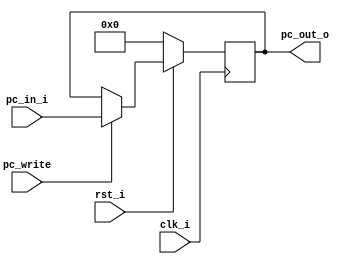
//0312236  0312241 
//Subject:     CO project 4 - Pipe CPU 1
//--------------------------------------------------------------------------------
//Version:     1
//--------------------------------------------------------------------------------
//Writer:    
//----------------------------------------------
//Date:       
//----------------------------------------------
//Description: 
//--------------------------------------------------------------------------------

module ProgramCounter(
    clk_i,
	rst_i,
	pc_in_i,
	pc_write,
	pc_out_o
	);
     
//I/O ports
input           clk_i;
input	        rst_i;
input  [32-1:0] pc_in_i;
input 			pc_write;
output [32-1:0] pc_out_o;
 
//Internal Signals
reg    [32-1:0] pc_out_o;

//Parameter

    
//Main function
always @(posedge clk_i) begin
    if(~rst_i)
	    pc_out_o <= 0;
	else if(pc_write)
		pc_out_o <= pc_in_i;	// keep going
	else
	    pc_out_o <= pc_out_o;	// stall
end

endmodule